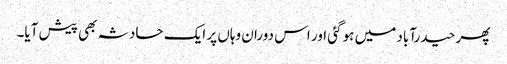
پھر حیدرآباد میں ہو گئی اور اس دوران وہاں پر ایک حادثہ بھی پیش آیا۔